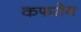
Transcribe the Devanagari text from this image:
कफरोग